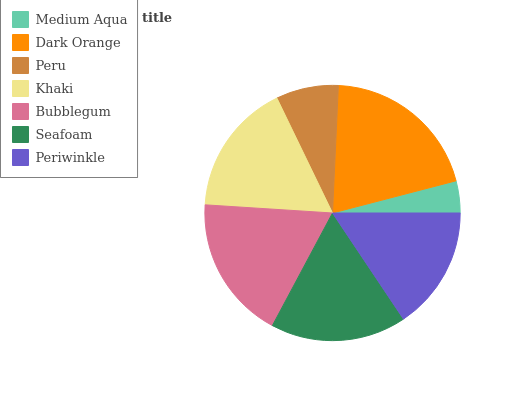
| Medium Aqua | Dark Orange | Peru | Khaki | Bubblegum | Seafoam | Periwinkle |
 | --- | --- | --- | --- | --- | --- | --- |
 | 4.04% | 20.2% | 7.9% | 16.9% | 18.1% | 17.2% | 15.6% |